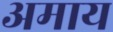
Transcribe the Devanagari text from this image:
अमाय